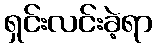
ရှင်းလင်းခဲ့ရာ